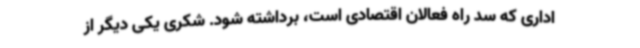
اداری که سد راه فعالان اقتصادی است، برداشته شود. شکری یکی دیگر از